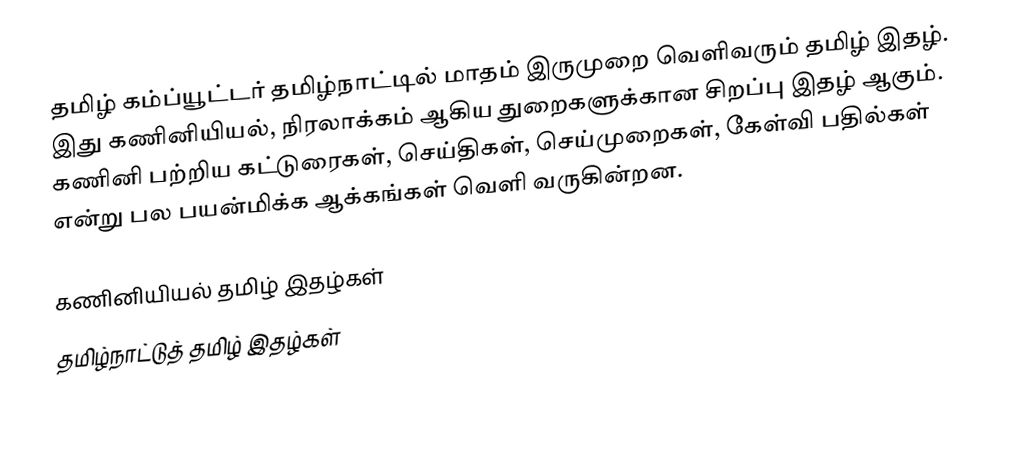
தமிழ் கம்ப்யூட்டர் தமிழ்நாட்டில் மாதம் இருமுறை வெளிவரும் தமிழ் இதழ். இது கணினியியல், நிரலாக்கம் ஆகிய துறைகளுக்கான சிறப்பு இதழ் ஆகும். கணினி பற்றிய கட்டுரைகள், செய்திகள், செய்முறைகள், கேள்வி பதில்கள் என்று பல பயன்மிக்க ஆக்கங்கள் வெளி வருகின்றன.

கணினியியல் தமிழ் இதழ்கள்
தமிழ்நாட்டுத் தமிழ் இதழ்கள்